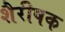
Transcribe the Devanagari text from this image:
शैरीषक